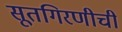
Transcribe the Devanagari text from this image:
सूतगिरणीची